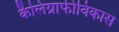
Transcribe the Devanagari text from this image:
कैलिग्राफीविकास